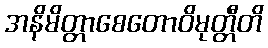
အနိမိတ္တာစေတောဝိမုတ္တီတိ